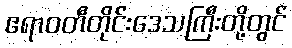
ဧရာဝတီတိုင်းဒေသကြီးတို့တွင်